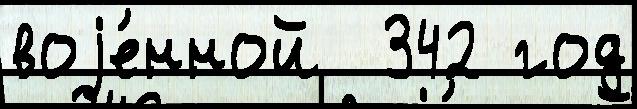
воjе́нной  342 год